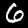
Digit: 6